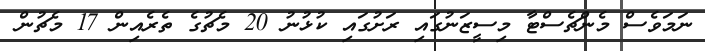
ނަމަވެސް މެންޗެސްޓާ މިސީޒަނުގައި ރަށުގައި ކުޅުނު 20 މެޗުގެ ތެރެއިން 17 މެޗުން